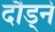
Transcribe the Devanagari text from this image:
दौड्ने